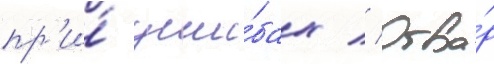
пр'и́ уши́бах // Отва́р